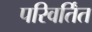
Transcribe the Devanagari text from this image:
परिवर्तिंत